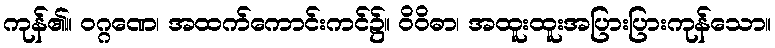
ကုန်၏။ ဝဂ္ဂဏေ၊ အထက်ကောင်းကင်၌။ ဝိဝိဓာ၊ အထူးထူးအပြားပြားကုန်သော။